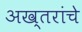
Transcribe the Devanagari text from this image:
अख्तरांचे